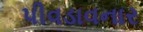
પીવડાવનાર